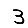
Digit: 3